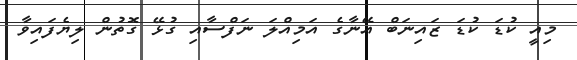
މިއީ ކުޑަ ކުޑަ ޒައިނަބް އޭނާގެ އަމިއްލަ ނަފްސާއި ގުޅޭ ގޮތުން ލިޔެފައިވާ